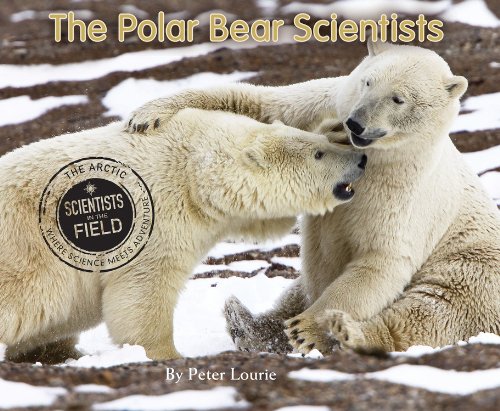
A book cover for The Polar Bear Scientists (Scientists in the Field Series); Peter Lourie; Children's Books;